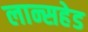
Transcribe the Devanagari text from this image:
लान्सहेड